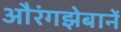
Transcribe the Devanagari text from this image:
औरंगझेबानें